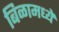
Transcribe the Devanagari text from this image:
बिळामध्ये